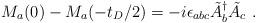
LaTeX: \begin{align*}M_a(0)-M_a(-t_D/2) = -i\epsilon_{abc}\tilde A_b^\dagger\tilde A_c~.\end{align*}